King Institute of Preventive Medicine Bacteriolog. Section reports 1907-08
Year: 1907
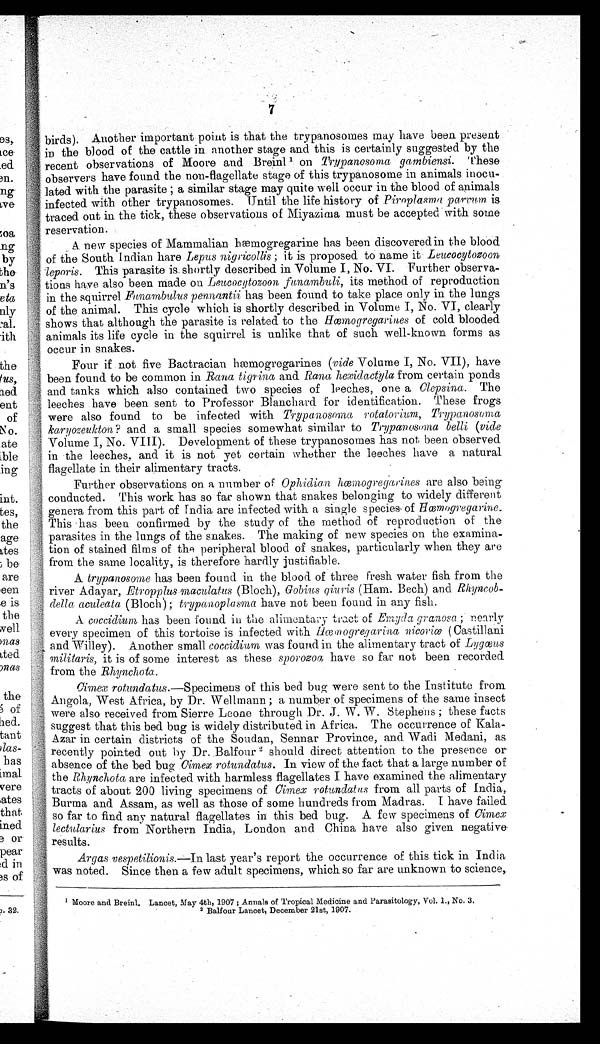
7
birds). Another important point is that the trypanosomes may have been present
it) the blood of the cattle in another stage and this is certainly suggested by the
recentobservations of Moore and Breinl ' on Trypanosoma gambiensi. These
observers have found the non-flagellate stage of this trypanosome in animals inocu-
lated with the parasite ; a similar stage may quite well occur in the blood of animals
infected with other trypanosomes. Until the life history of Piroplasma parvum is
traced out in the tick, these observations of Miyazima must be accepted with some
reservation.
,
A new species of Mammalian hæmogregarine has been discovered in the blood
1 of the South Indian hare Lepus nigricollis ; it is proposed to name it Leucocytozoon
leporis. This parasite is. shortly described in Volume I, No. VI. Further observa-
tions have also been made on Leucocytozoon funambuli, its method of reproduction
in the squirrel Funambulus pennantii has been found to take place only in the lungs
of the animal. This cycle which is shortly described in Volume I, No. VI, clearly
shows that although the parasite is related to the H œmogregarines of cold blooded
animals its life cycle in the squirrel is unlike that of such well-known forms as
occur in snakes.
Four if not five Bactracian hæmogregarines (vide Volume I, No. VII), have
been found to be common in Rana tigrina and Rana hexidactyla from certain ponds
and tanks which also contained two species of leeches, one a Clepsina .
T h e
leeches have been sent to Professor Blanchard for identification. These frogs
were also found to be infected with Trypanosoma rotatorium, Trypanosoma
karyozeukton? and a small species somewhat similar to Trypanosoma belli (vide
Volume I, No. VIII). Development of these trypanosomes has not been observed
in the leeches, and it is not yet certain whether the leeches have a natural
flagellate in their alimentary tracts.
Further observations on a number of Ophidian hœmogregarines are also being
conducted. This work has so far shown that snakes belonging to widely different
genera from this part of India are infected with a single species of Hœm o g r e g a r i n e .
This has been confirmed by the study of the method of reproduction of the
parasites in the lungs of the snakes. The making of new species on the examina
-
tion of stained films of the peripheral blood of snakes, particularly when they are
4 from the same locality, is therefore hardly justifiable.
A trypanosome has been found in the blood of three fresh water fish from the
river Adayar, Etropplus maculatus (Bloch), Gobius qiuris (Ham. Bech) and Rhyncob-
della aculeata (Bloch) ; trypanoplasma have not been found in any fish.
A coccidium has been found in the alimentary tract of Emyda granosa ; nearly
every specimen of this tortoise is infected with Hœm ogregarina nicoriœ (Castillani
and Willey). Another small coccidium was found in the alimentary tract of Lygœus
militaris, it is of some interest as these sporozoa have so far not been recorded
from the Rhynchota.
Cimex rotundatus.—Specimens of this bed bug were sent to the Institute from
Angola, West Africa, by Dr. Wellmann ; a number of specimens of the same insect
were also received from Sierre Leone through Dr. J. W. W . Stephens ; these facts
suggest that this bed bug is widely distributed in Africa. The occurrence of Kala
- Azar in certain districts of the Soudan, Sennar Province, and Wadi Medani, as
recently pointed out by Dr..Balfour ' should direct attention to the presence or
: absence of the bed bug Ci mex rotundatus. In view of the fact that a large number of
the Rhynchota are infected with harmless flagellates I have examined the alimentary
tracts of about 200 living specimens of Cimex rotundatus from all parts of India,
Burma and Assam, as well as those of some hundreds from Madras. I have failed
so far to find any natural flagellates in this bed bug. A few specimens of Cimex
lectularius from Northern India, London and China have also given negative
results.
Argas vespetilionis.–In last year's report the occurrence of this tick in India
was noted. Since then a few adult specimens, which so far are unknown to science,.
Moore and Breinl. Lancet, May 4th, 1907 ; Annals of Tropical Medicine and Parasitology,Vol. 1., No. 3.
2
Balfour Lancet, December 21st, 1907.